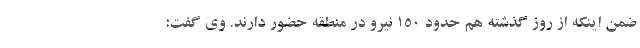
ضمن اینکه از روز گذشته هم حدود 150 نیرو در منطقه حضور دارند. وی گفت: